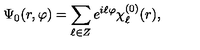
\Psi _ { 0 } ( r , \varphi ) = \sum _ { \ell \in Z } e ^ { i \ell \varphi } \chi _ { \ell } ^ { ( 0 ) } ( r ) ,